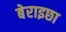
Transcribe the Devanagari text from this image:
बेराइछा